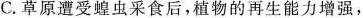
C.草原遭受蝗虫采食后，植物的再生能力增强，